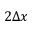
2 \Delta x